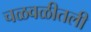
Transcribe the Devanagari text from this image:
चळवळीतली